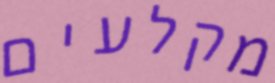
מקלעים